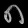
Digit: ၈